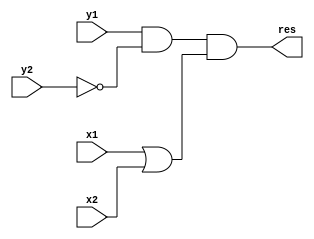
module exampleUnate ( x1, x2, y1, y2, res );
input x1;
input x2;
input y1;
input y2;
output res;
wire v1;
assign v1 = (x1 | x2);
assign res = (y1 & ~y2 & v1);

endmodule